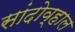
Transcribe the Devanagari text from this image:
सांदोव्हाल